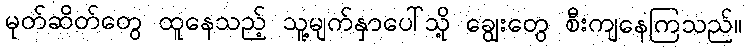
မုတ်ဆိတ်တွေ ထူနေသည့် သူ့မျက်နှာပေါ်သို့ ချွေးတွေ စီးကျနေကြသည်။